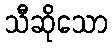
သီဆိုသော